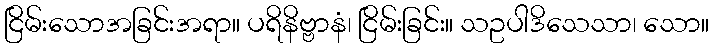
ငြိမ်းသောအခြင်းအရာ။ ပရိနိဗ္ဗာနံ၊ ငြိမ်းခြင်း။ သဥပါဒိသေသာ၊ သော။